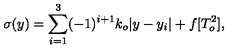
\sigma ( y ) = \sum _ { i = 1 } ^ { 3 } ( - 1 ) ^ { i + 1 } k _ { o } | y - y _ { i } | + f [ T _ { o } ^ { 2 } ] , \,